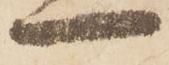
一